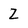
Character: Z